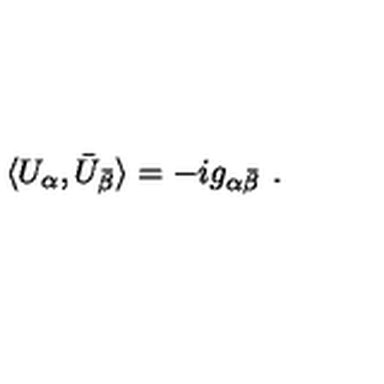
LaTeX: \langle U _ { \alpha } , \bar { U } _ { \bar { \beta } } \rangle = - i g _ { \alpha \bar { \beta } } \ .